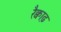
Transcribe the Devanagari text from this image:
रैक्वाढ़